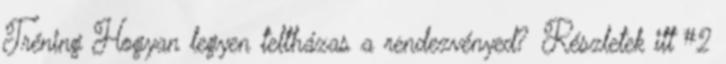
Tréning Hogyan legyen teltházas a rendezvényed? Részletek itt #2